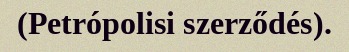
(Petrópolisi szerződés).